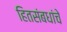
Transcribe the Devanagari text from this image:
हितसंबधांचे